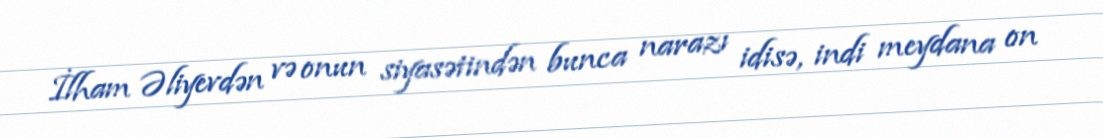
İlham Əliyevdən və onun siyasətindən bunca narazı idisə, indi meydana on